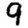
Digit: 9